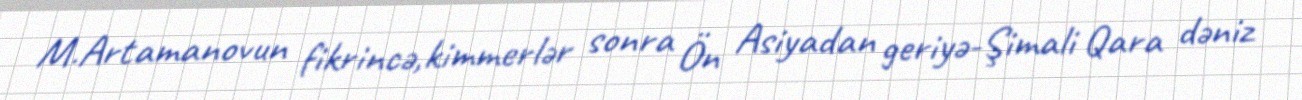
M.Artamanovun fikrincə,kimmerlər sonra Ön Asiyadan geriyə-Şimali Qara dəniz